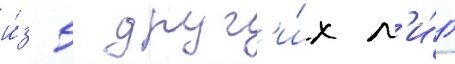
и́з 5 друг'и́х л'и́г